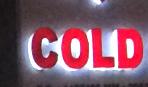
cold